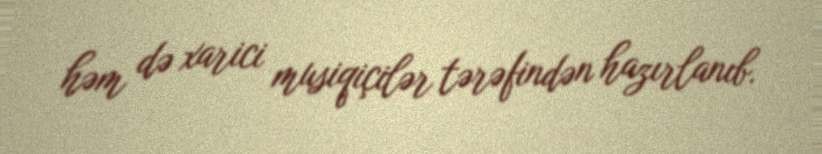
həm də xarici musiqiçilər tərəfindən hazırlanıb.